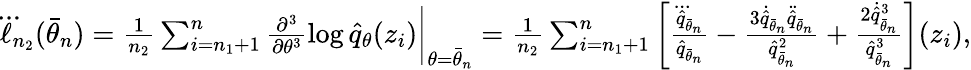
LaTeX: \begin{array}{r}{\dddot{\ell}_{n_{2}}(\bar{\theta}_{n})=\frac{1}{n_{2}}\sum_{i=n_{1}+1}^{n}\frac{\partial^{3}}{\partial\theta^{3}}\log\hat{q}_{\theta}(z_{i})\bigg|_{\theta=\bar{\theta}_{n}}=\frac{1}{n_{2}}\sum_{i=n_{1}+1}^{n}\left[\frac{\dddot{\hat{q}}_{\bar{\theta}_{n}}}{\hat{q}_{\bar{\theta}_{n}}}-\frac{3\dot{\hat{q}}_{\bar{\theta}_{n}}\ddot{\hat{q}}_{\bar{\theta}_{n}}}{\hat{q}_{\bar{\theta}_{n}}^{2}}+\frac{2\dot{\hat{q}}_{\bar{\theta}_{n}}^{3}}{\hat{q}_{\bar{\theta}_{n}}^{3}}\right](z_{i}),}\end{array}